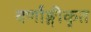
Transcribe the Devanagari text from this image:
वर्णाङ्गीकृत